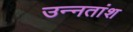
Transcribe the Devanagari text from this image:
उन्‍नतांश